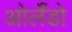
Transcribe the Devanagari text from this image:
ओर्लँडो